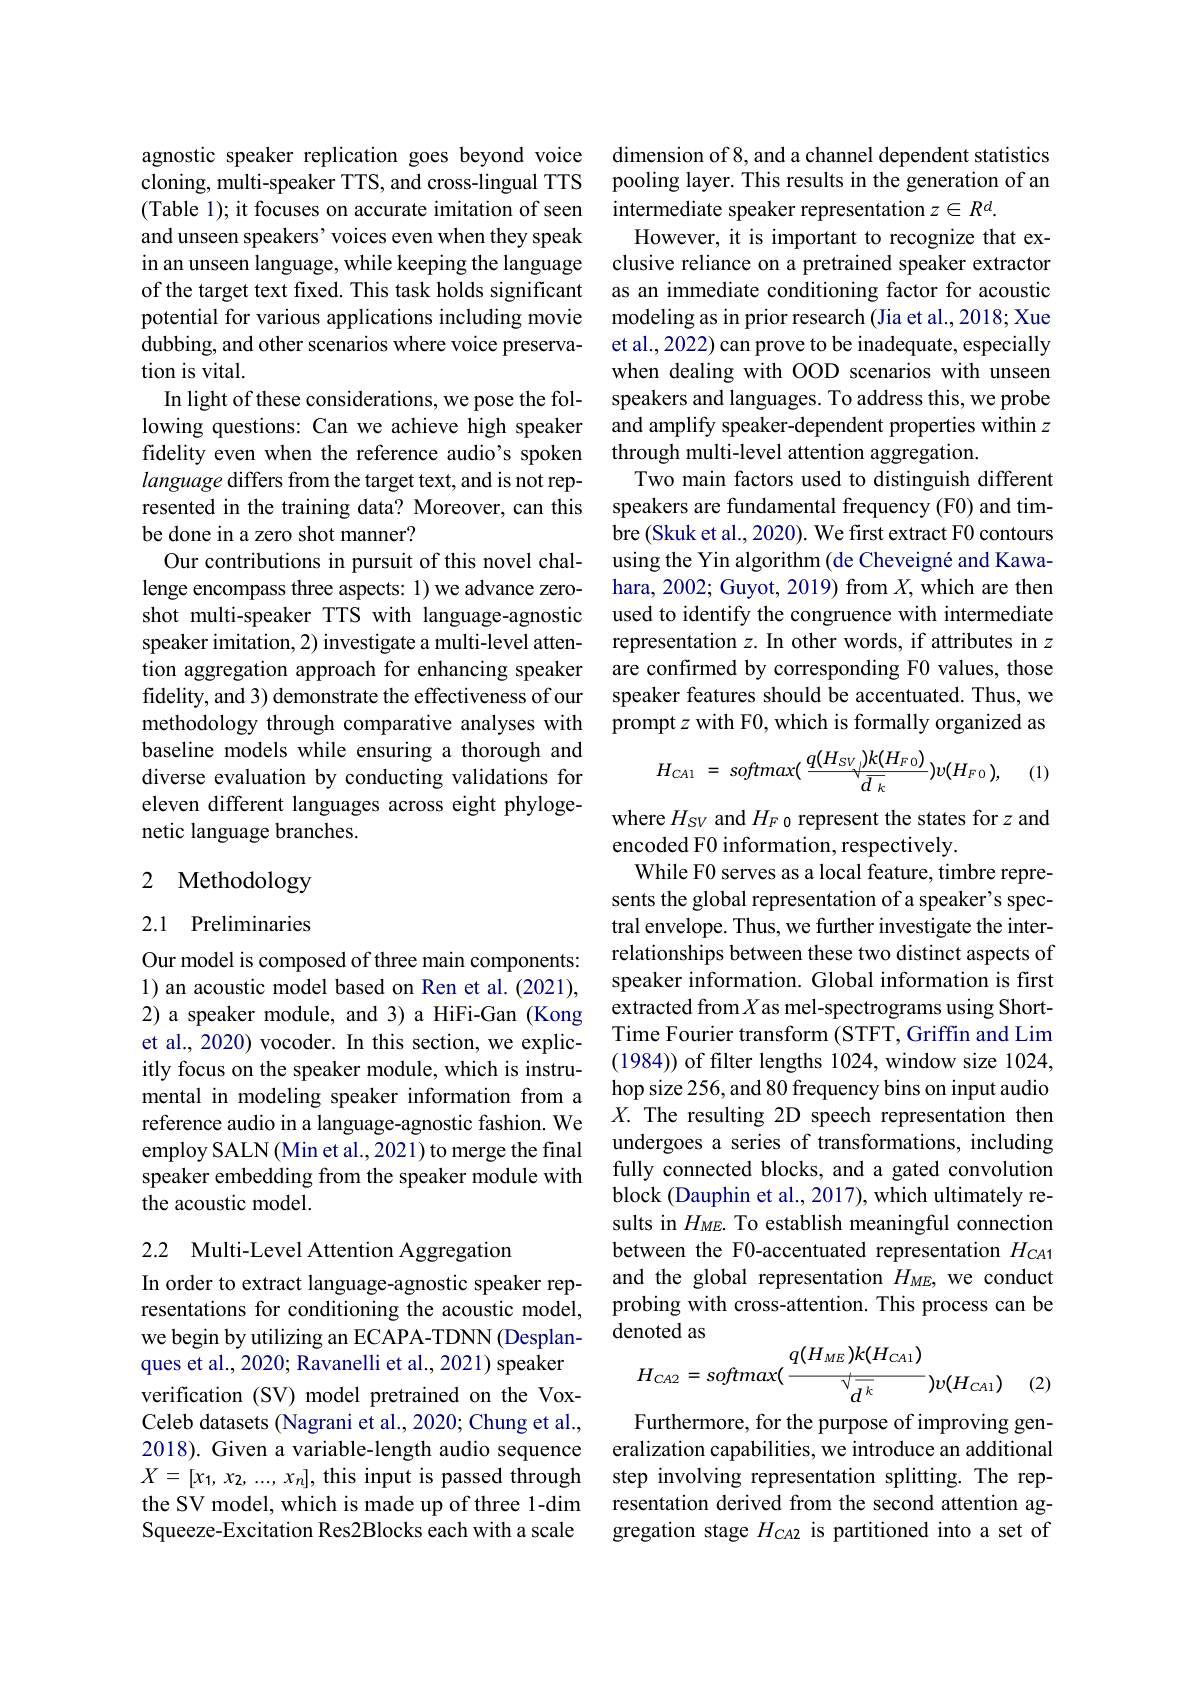
agnostic speaker replication goes beyond voice cloning, multi-speaker TTS, and cross-lingual TTS (Table 1); it focuses on accurate imitation of seen and unseen speakers' voices even when they speak of the target text fixed. This task holds significant potential for various applications including movie dubbing, and other scenarios where voice preservation is vital.
In light of these considerations, we pose the follanguage differs from the target text, and is not represented in the training data? Moreover, can this be done in a zero shot manner?
Our contributions in pursuit of this novel challenge encompass three aspects: 1) we advance zeroshot multi-speaker TTS with language-agnostic speaker imitation, 2) investigate a multi-level attention aggregation approach for enhancing speaker fidelity, and 3) demonstrate the effectiveness of our baseline models while ensuring a thorough and diverse evaluation by conducting validations for eleven different languages across eight phylogenetic language branches.

# 2 Methodology

## 2.1 Preliminaries

Our model is composed of three main components: l) an acoustic model based on Ren et al.(2021), 2) a speaker module, and 3) a HiFi-Gan (Kong et al., 2020) vocoder. In this section, we explicitly focus on the speaker module, which is instrumental in modeling speaker information from a reference audio in a language-agnostic fashion. We employ SALN(Min et al., 2021) to merge the final speaker embedding from the speaker module with the acoustic model.

2.2 Multi-Level Attention Aggregation

In order to extract language-agnostic speaker representations for conditioning the acoustic model, we begin by utilizing an ECAPA-TDNN (Desplanques et al., 2020; Ravanelli et al., 2021) speaker verification (SV) model pretrained on the VoxCeleb datasets (Nagrani et al., 2020; Chung et al., 2018). Given a variable-length audio sequence $X=[x_1,x_2,...,x_n]$, this input is passed through the SV model, which is made up of three l-dim resentation derived from the second attention ag-
Squeeze-Excitation Res2Blocks each with a scale

dimension of 8, and a channel dependent statistics pooling layer. This results in the generation of an intermediate speaker representation $z\in R^d.$
However, it is important to recognize that ex-
in an unseen language, while keeping the language clusive reliance on a pretrained speaker extractor
as an immediate conditioning factor for acoustic modeling as in prior research (Jia et al., 2018; Xue et al., 2022) can prove to be inadequate, especially when dealing with OOD scenarios with unseen speakers and languages. To address this, we probe
lowing questions: Can we achieve high speaker and amplify speaker-dependent properties within $z$
fidelity even when the reference audio's spoken through multi-level attention aggregation.
Two main factors used to distinguish different speakers are fundamental frequency (F0) and timbre (Skuk et al., 2020). We first extract F0 contours using the Yin algorithm (de Cheveigné and Kawahara, 2002; Guyot, 2019) from $X$, which are then used to identify the congruence with intermediate representation $z.$ In other words, if attributes in $z$ are confirmed by corresponding F0 values, those speaker features should be accentuated. Thus, we
methodology through comparative analyses with prompt $z$ with F0, which is formally organized as
$$H_{CA1}\:=\:softmax(\:\frac{q(H_{SV})k(H_{F0})}{\overline{d_{k}}})v(H_{F0}),\quad(1)$$
where $H_{SV}$ and $H_F0$ represent the states for $z$ and
encoded F0 information, respectively.
While F0 serves as a local feature, timbre represents the global representation of a speaker's spectral envelope. Thus, we further investigate the interrelationships between these two distinct aspects of speaker information. Global information is first extracted from $X$ as mel-spectrograms using ShortTime Fourier transform (STFT, Griffin and Lim (1984)) of filter lengths 1024, window size 1024, hop size 256, and 80 frequency bins on input audio $X.$ The resulting 2D speech representation then undergoes a series of transformations, including fully connected blocks, and a gated convolution block (Dauphin et al., 2017), which ultimately results in $H_{ME}$. To establish meaningful connection between the F0-accentuated representation $H_{CA1}$ and the global representation $H_{ME}$, we conduct probing with cross-attention. This process can be denoted as
$$H_{CA2}=softmax(\frac{q(H_{ME})k(H_{CA1})}{\sqrt{\frac{d^{k}}{d^{k}}}})v(H_{CA1})$$
(2)

Furthermore, for the purpose of improving generalization capabilities, we introduce an additional step involving representation splitting. The repgregation stage $H_{CA2}$ is partitioned into a set of